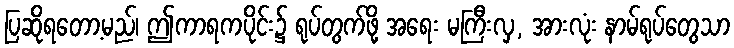
ပြဆိုရတော့မည်၊ ဤကာရကပိုင်း၌ ရုပ်တွက်ဖို့ အရေး မကြီးလှ, အားလုံး နာမ်ရုပ်တွေသာ